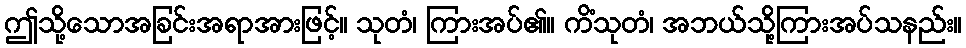
ဤသို့သောအခြင်းအရာအားဖြင့်။ သုတံ၊ ကြားအပ်၏။ ကိံသုတံ၊ အဘယ်သို့ကြားအပ်သနည်း။